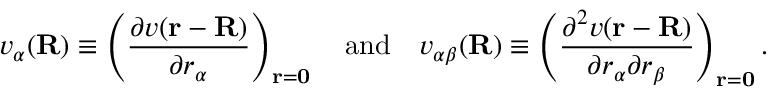
v _ { \alpha } ( \mathbf { R } ) \equiv \left( { \frac { \partial v ( \mathbf { r } - \mathbf { R } ) } { \partial r _ { \alpha } } } \right) _ { \mathbf { r } = \mathbf { 0 } } \quad { \mathrm { a n d } } \quad v _ { \alpha \beta } ( \mathbf { R } ) \equiv \left( { \frac { \partial ^ { 2 } v ( \mathbf { r } - \mathbf { R } ) } { \partial r _ { \alpha } \partial r _ { \beta } } } \right) _ { \mathbf { r } = \mathbf { 0 } } .